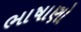
ભાષાણો